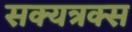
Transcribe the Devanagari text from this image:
सक्यत्रक्स